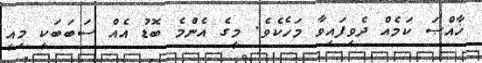
ޚާއްޞަ ކަމެއް ދެވިފައިވާ މަހެކެވެ. މީގެ އެންމެ ބޮޑު އެއް ސަބަބަކީ މިއީ